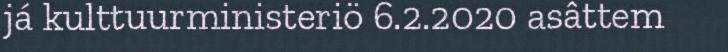
já kulttuurministeriö 6.2.2020 asâttem